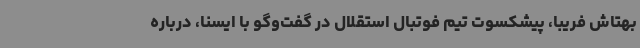
بهتاش فریبا، پیشکسوت تیم فوتبال استقلال در گفت‌وگو با ایسنا، درباره